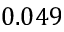
0 . 0 4 9